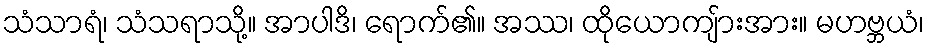
သံသာရံ၊ သံသရာသို့။ အာပါဒိ၊ ရောက်၏။ အဿ၊ ထိုယောကျ်ားအား။ မဟဗ္ဘယံ၊